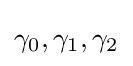
\gamma _{0},\gamma _{1},\gamma _{2}